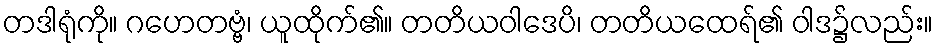
တဒါရုံကို။ ဂဟေတဗ္ဗံ၊ ယူထိုက်၏။ တတိယဝါဒေပိ၊ တတိယထေရ်၏ ဝါဒ၌လည်း။